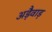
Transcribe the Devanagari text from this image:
अड़ैवाड़